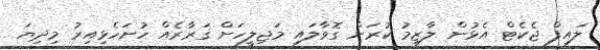
ލައިފް ޖެކެޓް އެޅުން ލާޒިމު ކުރަން ގޮވާލައި މަޖިލީހަށް ގަރާރެއް ހުށަހެޅިއިރު މިދިޔަ